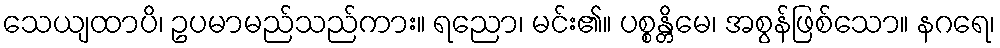
သေယျထာပိ၊ ဥပမာမည်သည်ကား။ ရညော၊ မင်း၏။ ပစ္စန္တိမေ၊ အစွန်ဖြစ်သော။ နဂရေ၊